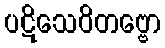
ပဋိသေဝိတဗ္ဗော